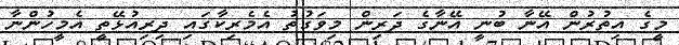
މީގެ އިތުރުން އޭނާ ބުނީ އޭނާގެ ދަރިން މިވަގުތު އެމެރިކާގައި ދިރިއުޅޭތީ އެމީހުންނާ